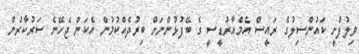
ވިލުފުށީ ކައުންސިލުގެ ރައީސް އެމްއާރުޑީސީ ގެ ބޭފުޅުންނަށް ބިރުދެއްކުމުން އެކަން ޖެހޭނެ ސަރުކާރުން